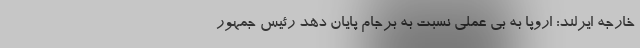
خارجه ایرلند: اروپا به بی عملی نسبت به برجام پایان دهد رئیس جمهور